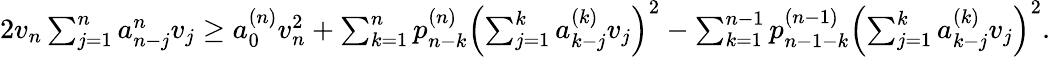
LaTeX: \begin{array}{r}{2v_{n}\sum_{j=1}^{n}a_{n-j}^{n}v_{j}\ge a_{0}^{(n)}v_{n}^{2}+\sum_{k=1}^{n}p_{n-k}^{(n)}\left(\sum_{j=1}^{k}a_{k-j}^{(k)}v_{j}\right)^{2}-\sum_{k=1}^{n-1}p_{n-1-k}^{(n-1)}\left(\sum_{j=1}^{k}a_{k-j}^{(k)}v_{j}\right)^{2}.}\end{array}